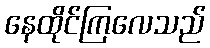
နေထိုင်ကြလေသည်